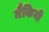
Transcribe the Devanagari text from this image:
मैकिनी